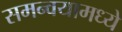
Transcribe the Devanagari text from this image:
समन्वयामध्ये